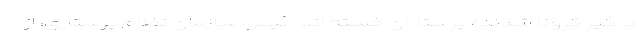
درگیر کرونا شدند/ پرستاران خسته اند رئیس سازمان نظام پرستاری، از